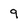
Character: 9